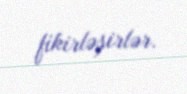
fikirləşirlər.